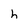
Character: h